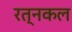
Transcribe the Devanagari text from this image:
रत्नकल